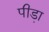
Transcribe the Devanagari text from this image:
पीडा़